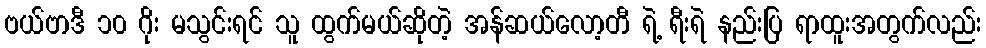
ဗယ်ဗာဒီ ၁၀ ဂိုး မသွင်းရင် သူ ထွက်မယ်ဆိုတဲ့ အန်ဆယ်လော့တီ ရဲ့ ရီးရဲ နည်းပြ ရာထူးအတွက်လည်း